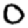
Digit: 0